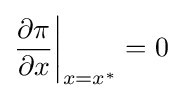
{\frac {\partial \pi }{\partial x}}{\bigg |}_{x=x^{*}}=0